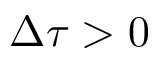
\Delta \tau > 0